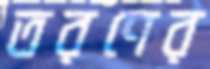
তরণের